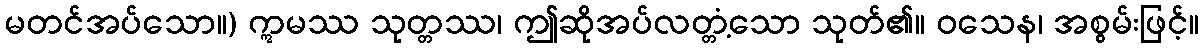
မတင်အပ်သော။) ဣမဿ သုတ္တဿ၊ ဤဆိုအပ်လတ္တံ့သော သုတ်၏။ ဝသေန၊ အစွမ်းဖြင့်။